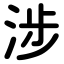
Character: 涉